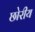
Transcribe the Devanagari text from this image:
छोरीय